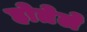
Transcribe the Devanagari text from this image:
होतेले